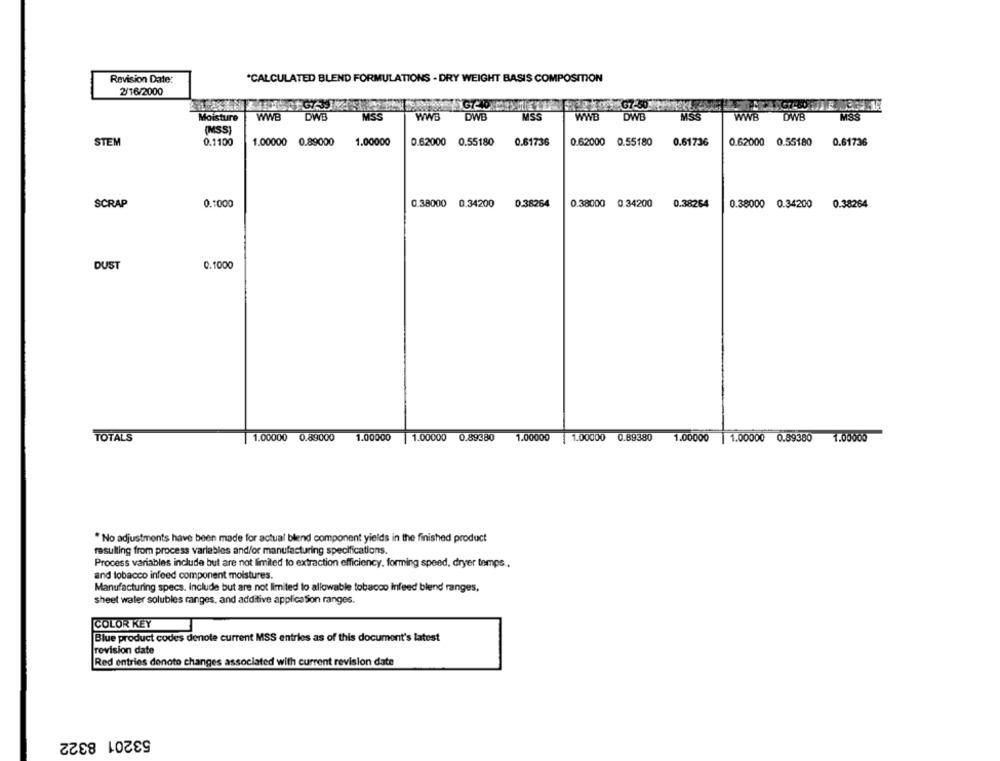
Revision Date:
*CALCULATED BLEND FORMULATIONS - DRY WEIGHT BASIS COMPOSITION
2/16/2000
G7-10
G7-50
MSS
WWE
MSS
Moisture
WWB
DWB
DWB
MSS
WWD
DWB
MSS
WWB
OWB
(MSS)
STEM
0.1100
1.00000 0.89000
1.00000
0.62000 0.55180
0.61736
0.62000
0.55180
0.61736
0.62000 0.55180
0.61736
SCRAP
0.1000
0.38000 0.34200
0.38264
0.38000 0.34200
0.38264
0.38000 0.34200
0.38264
DUST
0.1000
TOTALS
1.00000 0.89000
1.00000 1.00000 0.89380
1.00000 1.00000 0.89380
1.00000
1.00000 0.89380
1.00000
* No adjustments have been made for actual blend component yields in the finished product
resulting from process variables and/or manufacturing specifications.
Process variables include but are not limited to extraction efficiency, forming speed, dryer temps.
and tobacco infeed component moistures.
Manufacturing specs. Include but are not limited to allowable tobacco Infeed blend ranges,
sheet water solubles ranges, and additive application ranges.
COLOR KEY
Blue product codes denote current MSS entries as of this document's latest
revision date
Red entries denoto changes associated with current revision date
53201 8322